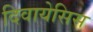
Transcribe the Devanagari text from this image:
दिवायेसिस